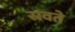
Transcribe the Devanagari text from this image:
स्रवते